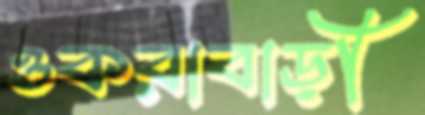
ওকরাবাড়ী